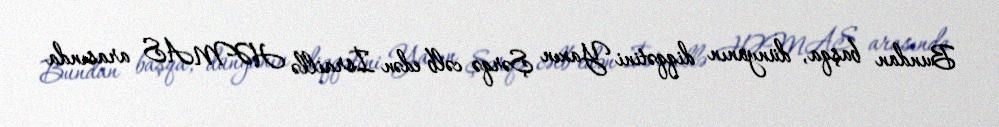
Bundan başqa, dünyanın diqqətini Yaxın Şərqə cəlb edən İsraillə HƏMAS arasında